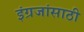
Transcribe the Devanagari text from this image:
इंग्रजांसाठी